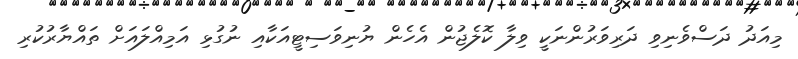
މިއަދު ދަސްވެނިވި ދަރިވަރުންނަކީ ވިލާ ކޮލެޖުން އެހެން ޔުނިވަސިޓީއަކާއި ނުގުޅި އަމިއްލައަށް ތައްޔާރުކުރި